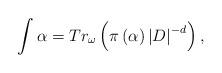
LaTeX: \begin{align*}\int\alpha=Tr_{\omega}\left( \pi\left( \alpha\right) \left| D\right|^{-d}\right) ,\end{align*}